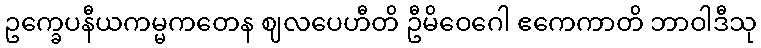
ဥက္ခေပနီယကမ္မကတေန ဈလပေဟီတိ ဦမိဝေဂေါ ဧကေကာတိ ဘာဝါဒီသု